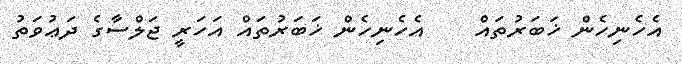
އެހެނިހެން ޚަބަރުތައް    އެހެނިހެން ޚަބަރުތައް އަހަރީ ޖަލްސާގެ ދަޢުވަތު